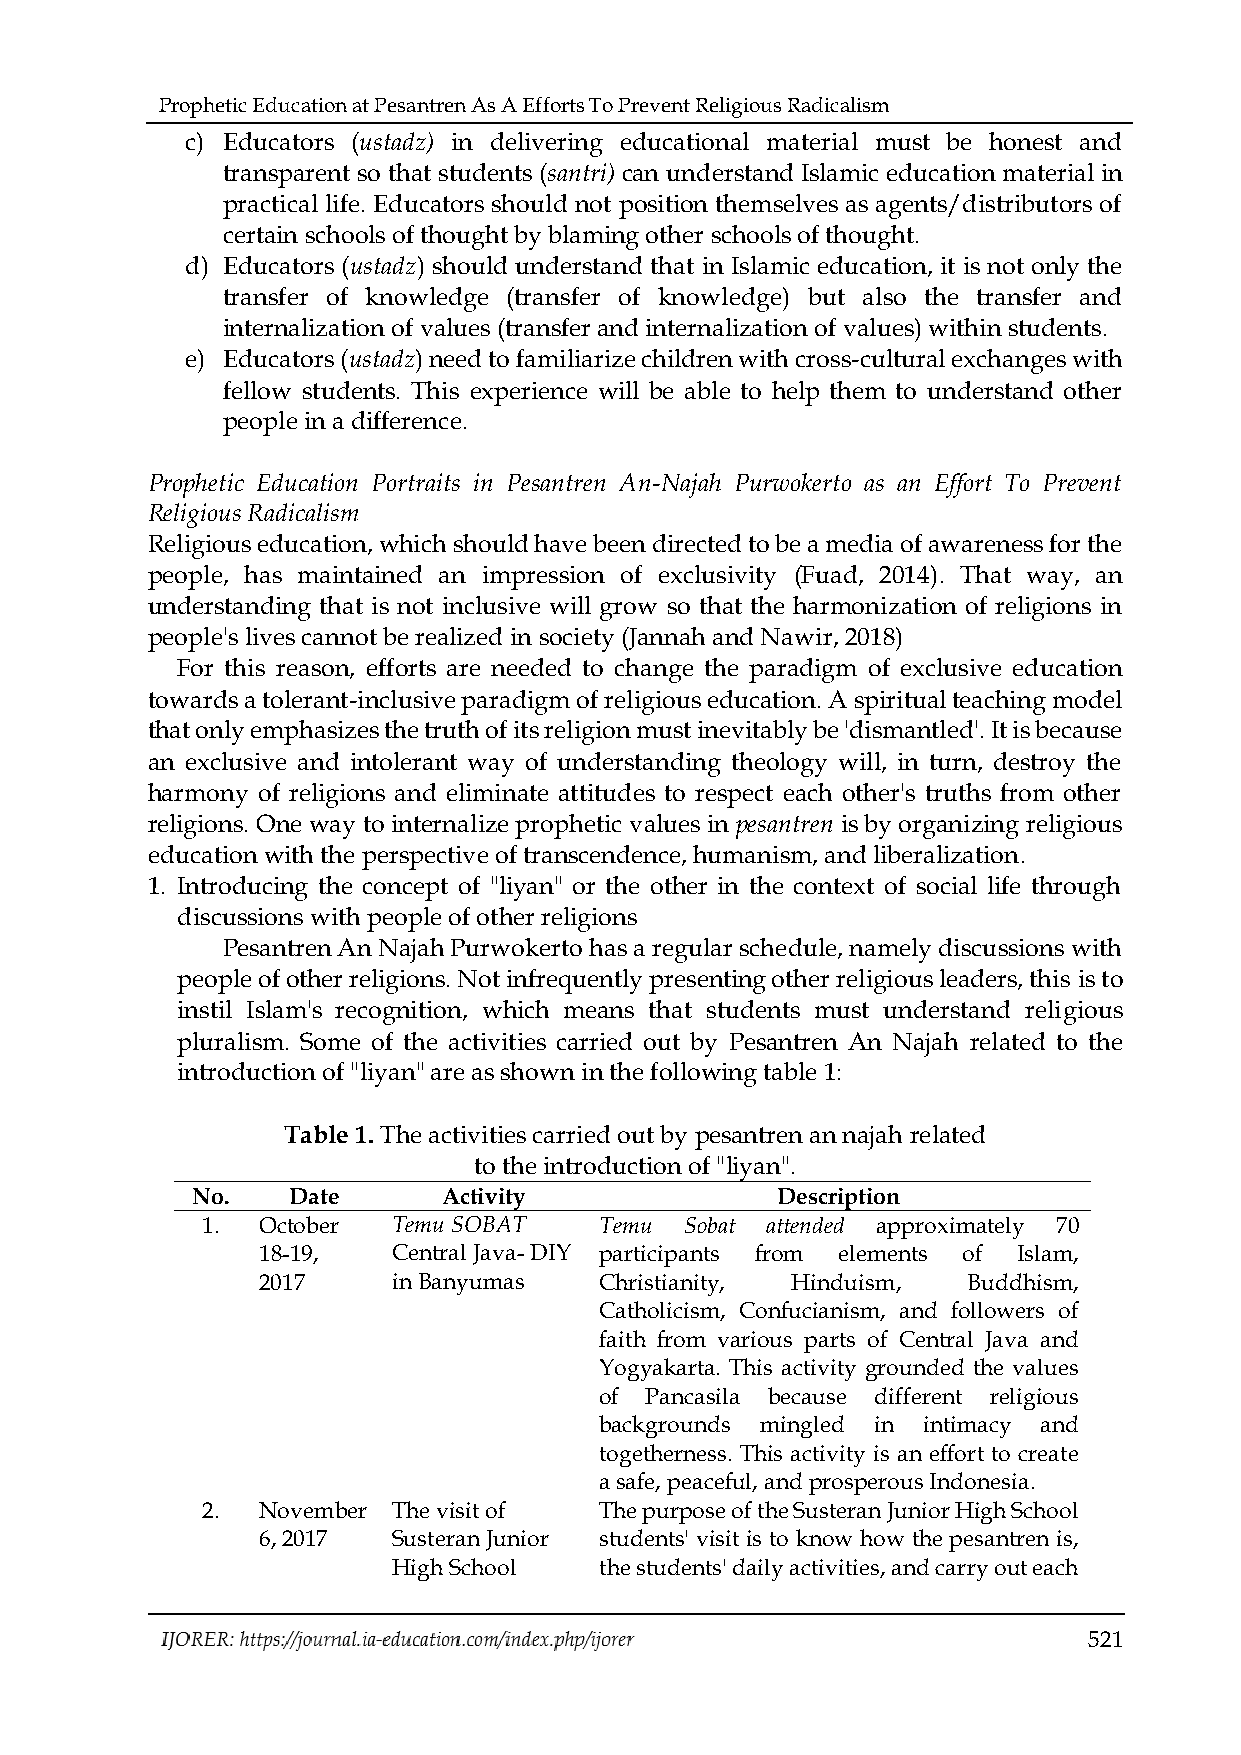
Prophetic Education at Pesantren As A Efforts To Prevent Religious Radicalism
 c) Educators (ustadz) in delivering educational material must be honest and
 transparent so that students (santri) can understand Islamic education material in
 practical life. Educators should not position themselves as agents/distributors of
 certain schools of thought by blaming other schools of thought.
 d) Educators (ustadz) should understand that in Islamic education, it is not only the
 transfer of knowledge (transfer of knowledge) but also the transfer and
 internalization of values (transfer and internalization of values) within students.
 e) Educators (ustadz) need to familiarize children with cross-cultural exchanges with
 fellow students. This experience will be able to help them to understand other
 people in a difference.
 Prophetic Education Portraits in Pesantren An-Najah Purwokerto as an Effort To Prevent
 Religious Radicalism
 Religious education, which should have been directed to be a media of awareness for the
 people, has maintained an impression of exclusivity (Fuad, 2014). That way, an
 understanding that is not inclusive will grow so that the harmonization of religions in
 people's lives cannot be realized in society (Jannah and Nawir, 2018)
 For this reason, efforts are needed to change the paradigm of exclusive education
 towards a tolerant-inclusive paradigm of religious education. A spiritual teaching model
 that only emphasizes the truth of its religion must inevitably be 'dismantled'. It is because
 an exclusive and intolerant way of understanding theology will, in turn, destroy the
 harmony of religions and eliminate attitudes to respect each other's truths from other
 religions. One way to internalize prophetic values in pesantren is by organizing religious
 education with the perspective of transcendence, humanism, and liberalization.
 1. Introducing the concept of "liyan" or the other in the context of social life through
 discussions with people of other religions
 Pesantren An Najah Purwokerto has a regular schedule, namely discussions with
 people of other religions. Not infrequently presenting other religious leaders, this is to
 instil Islam's recognition, which means that students must understand religious
 pluralism. Some of the activities carried out by Pesantren An Najah related to the
 introduction of "liyan" are as shown in the following table 1:
 Table 1. The activities carried out by pesantren an najah related
 to the introduction of "liyan".
 No.   Date      Activity              Description
 1.  October  Temu SOBAT    Temu Sobat attended approximately 70
 18-19,   Central Java- DIY participants from elements of Islam,
 2017     in Banyumas   Christianity, Hinduism, Buddhism,
 Catholicism, Confucianism, and followers of
 faith from various parts of Central Java and
 Yogyakarta. This activity grounded the values
 of Pancasila because different religious
 backgrounds mingled in intimacy and
 togetherness. This activity is an effort to create
 a safe, peaceful, and prosperous Indonesia.
 2.  November The visit of  The purpose of the Susteran Junior High School
 6, 2017  Susteran Junior students' visit is to know how the pesantren is,
 High School   the students' daily activities, and carry out each
 521